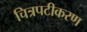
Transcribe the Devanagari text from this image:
चित्रपटीकरण